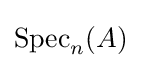
\operatorname {Spec} _{n}(A)